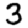
Digit: 3